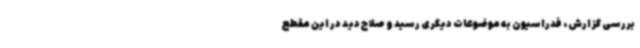
بررسی گزارش، فدراسیون به موضوعات دیگری رسید و صلاح دید در این مقطع